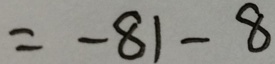
= - 8 1 - 8